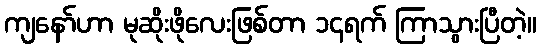
ကျနော်ဟာ မုဆိုးဖိုလေးဖြစ်တာ ၁၄ရက် ကြာသွားပြီတဲ့။